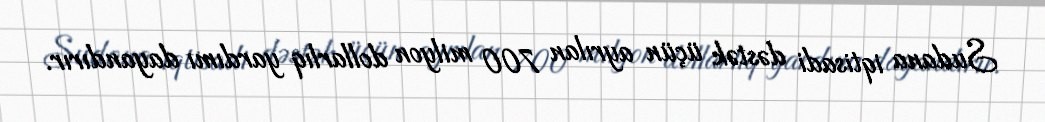
Sudana iqtisadi dəstək üçün ayrılan 700 milyon dollarlıq yardımı dayandırır.